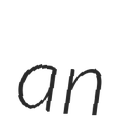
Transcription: an